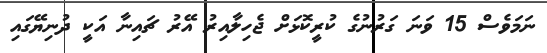
ނަމަވެސް 15 ވަނަ ގަރުނުގެ ކުރީކޮޅަށް ޖެހިލާއިރު އޭރު ޗައިނާ އަކީ ދުނިޔޭގައި